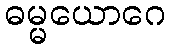
ဓမ္မယောဂေ